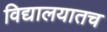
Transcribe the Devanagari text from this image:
विद्यालयातच